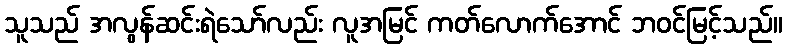
သူသည် အလွန်ဆင်းရဲသော်လည်း လူအမြင် ကတ်လောက်အောင် ဘဝင်မြင့်သည်။